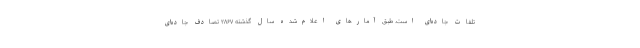
تلفات جاده‌ای است. طبق آمارهای اعلام‌شده سال گذشته ۲۸۶۷ تصادف جاده‌ای